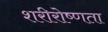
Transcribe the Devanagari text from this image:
शरीरोष्णता